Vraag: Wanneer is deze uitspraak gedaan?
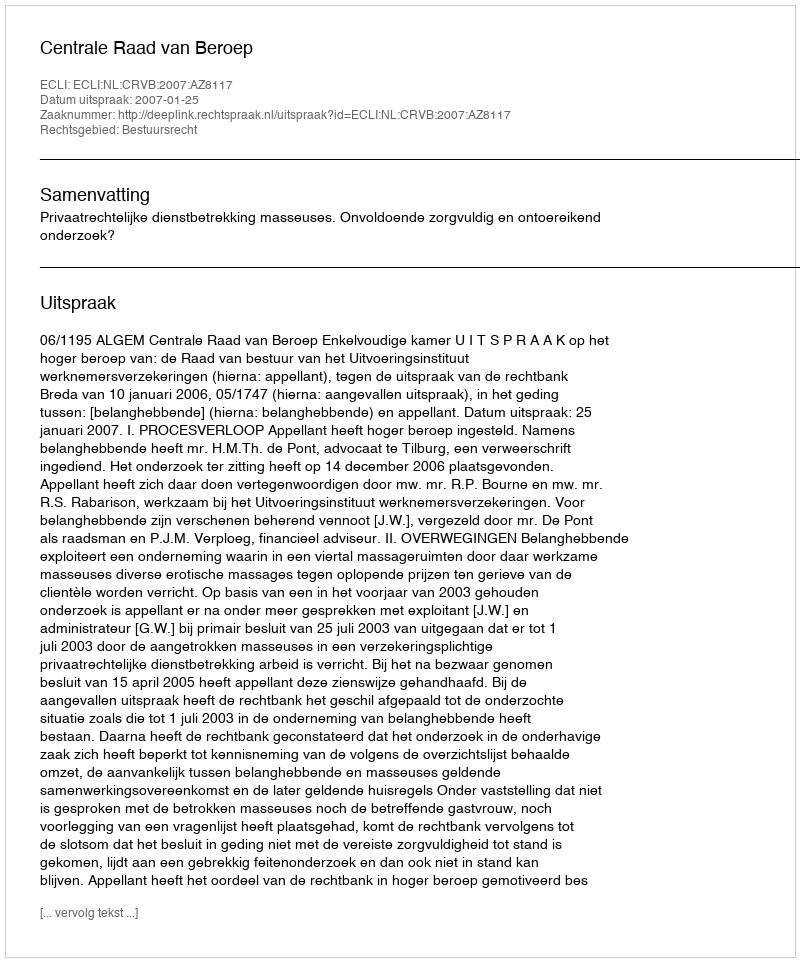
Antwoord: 2007-01-25